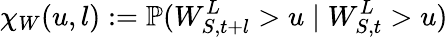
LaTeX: \chi_{W}(u,l):=\mathbb{P}(W_{S,t+l}^{L}>u\mid W_{S,t}^{L}>u)